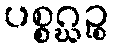
ပစ္စဂ္ဃဉ္စ